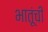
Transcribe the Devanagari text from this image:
भातूंची